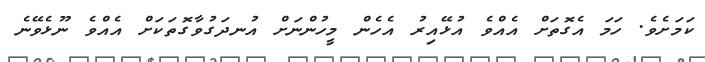
ކަމަށެވެ. ހަމަ އެގޮތަށް އެއްވެ އުޅޭއިރު އެހެން މީހުންނަށް އުނދަގުވާގޮތަކަށް އެއްވެ ނޫޅެވޭނެ